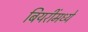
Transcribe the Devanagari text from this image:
बियरींमध्ये